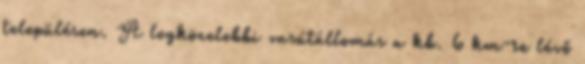
településen. A legközelebbi vasútállomás a kb. 6 km-re lévő